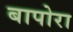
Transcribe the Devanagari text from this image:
बापोरा